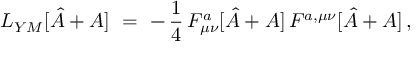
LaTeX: { \cal L } _ { Y M } [ \hat { A } + A ] \ = \ - \, \frac { 1 } { 4 } \, F _ { \mu \nu } ^ { a } [ \hat { A } + A ] \, F ^ { a , \mu \nu } [ \hat { A } + A ] \, ,